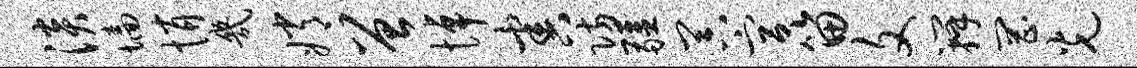
淡墙悄几嫦曾悼害防疆器宫笛文瓣罔光